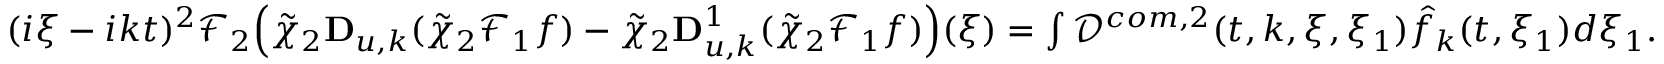
\begin{array} { r } { ( i \xi - i k t ) ^ { 2 } \mathcal { F } _ { 2 } \Big ( \tilde { \chi } _ { 2 } \mathbf { D } _ { u , k } ( \tilde { \chi } _ { 2 } \mathcal { F } _ { 1 } f ) - \tilde { \chi } _ { 2 } \mathbf { D } _ { u , k } ^ { 1 } ( \tilde { \chi } _ { 2 } \mathcal { F } _ { 1 } f ) \Big ) ( \xi ) = \int \mathcal { D } ^ { c o m , 2 } ( t , k , \xi , \xi _ { 1 } ) \hat { f } _ { k } ( t , \xi _ { 1 } ) d \xi _ { 1 } . } \end{array}